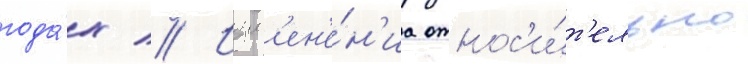
года́х // Изм'ен'е́н'иа относ'и́т'ельно